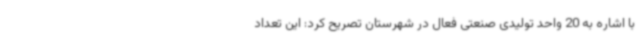
با اشاره به 20 واحد تولیدی صنعتی فعال در شهرستان تصریح کرد: این تعداد